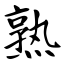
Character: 熟